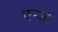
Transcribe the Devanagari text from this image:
एन्जो